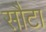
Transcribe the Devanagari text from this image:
सौटा